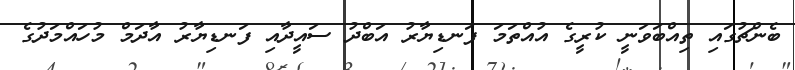
ބެންޗުގައި ތިއްބަވަނީ ކުރީގެ އުއްތަމަ ފަނޑިޔާރު އަބްދު ސައީދާއި ފަނޑިޔާރު އާދަމް މުހައްމަދުގެ